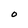
Character: O